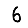
Digit: 6